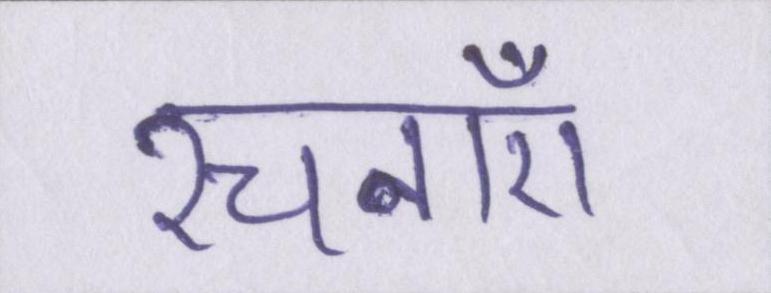
रचनाएँ